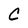
Character: C